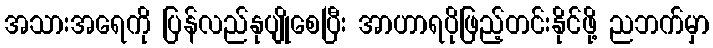
အသားအရေကို ပြန်လည်နုပျိုစေပြီး အာဟာရပိုဖြည့်တင်းနိုင်ဖို့ ညဘက်မှာ